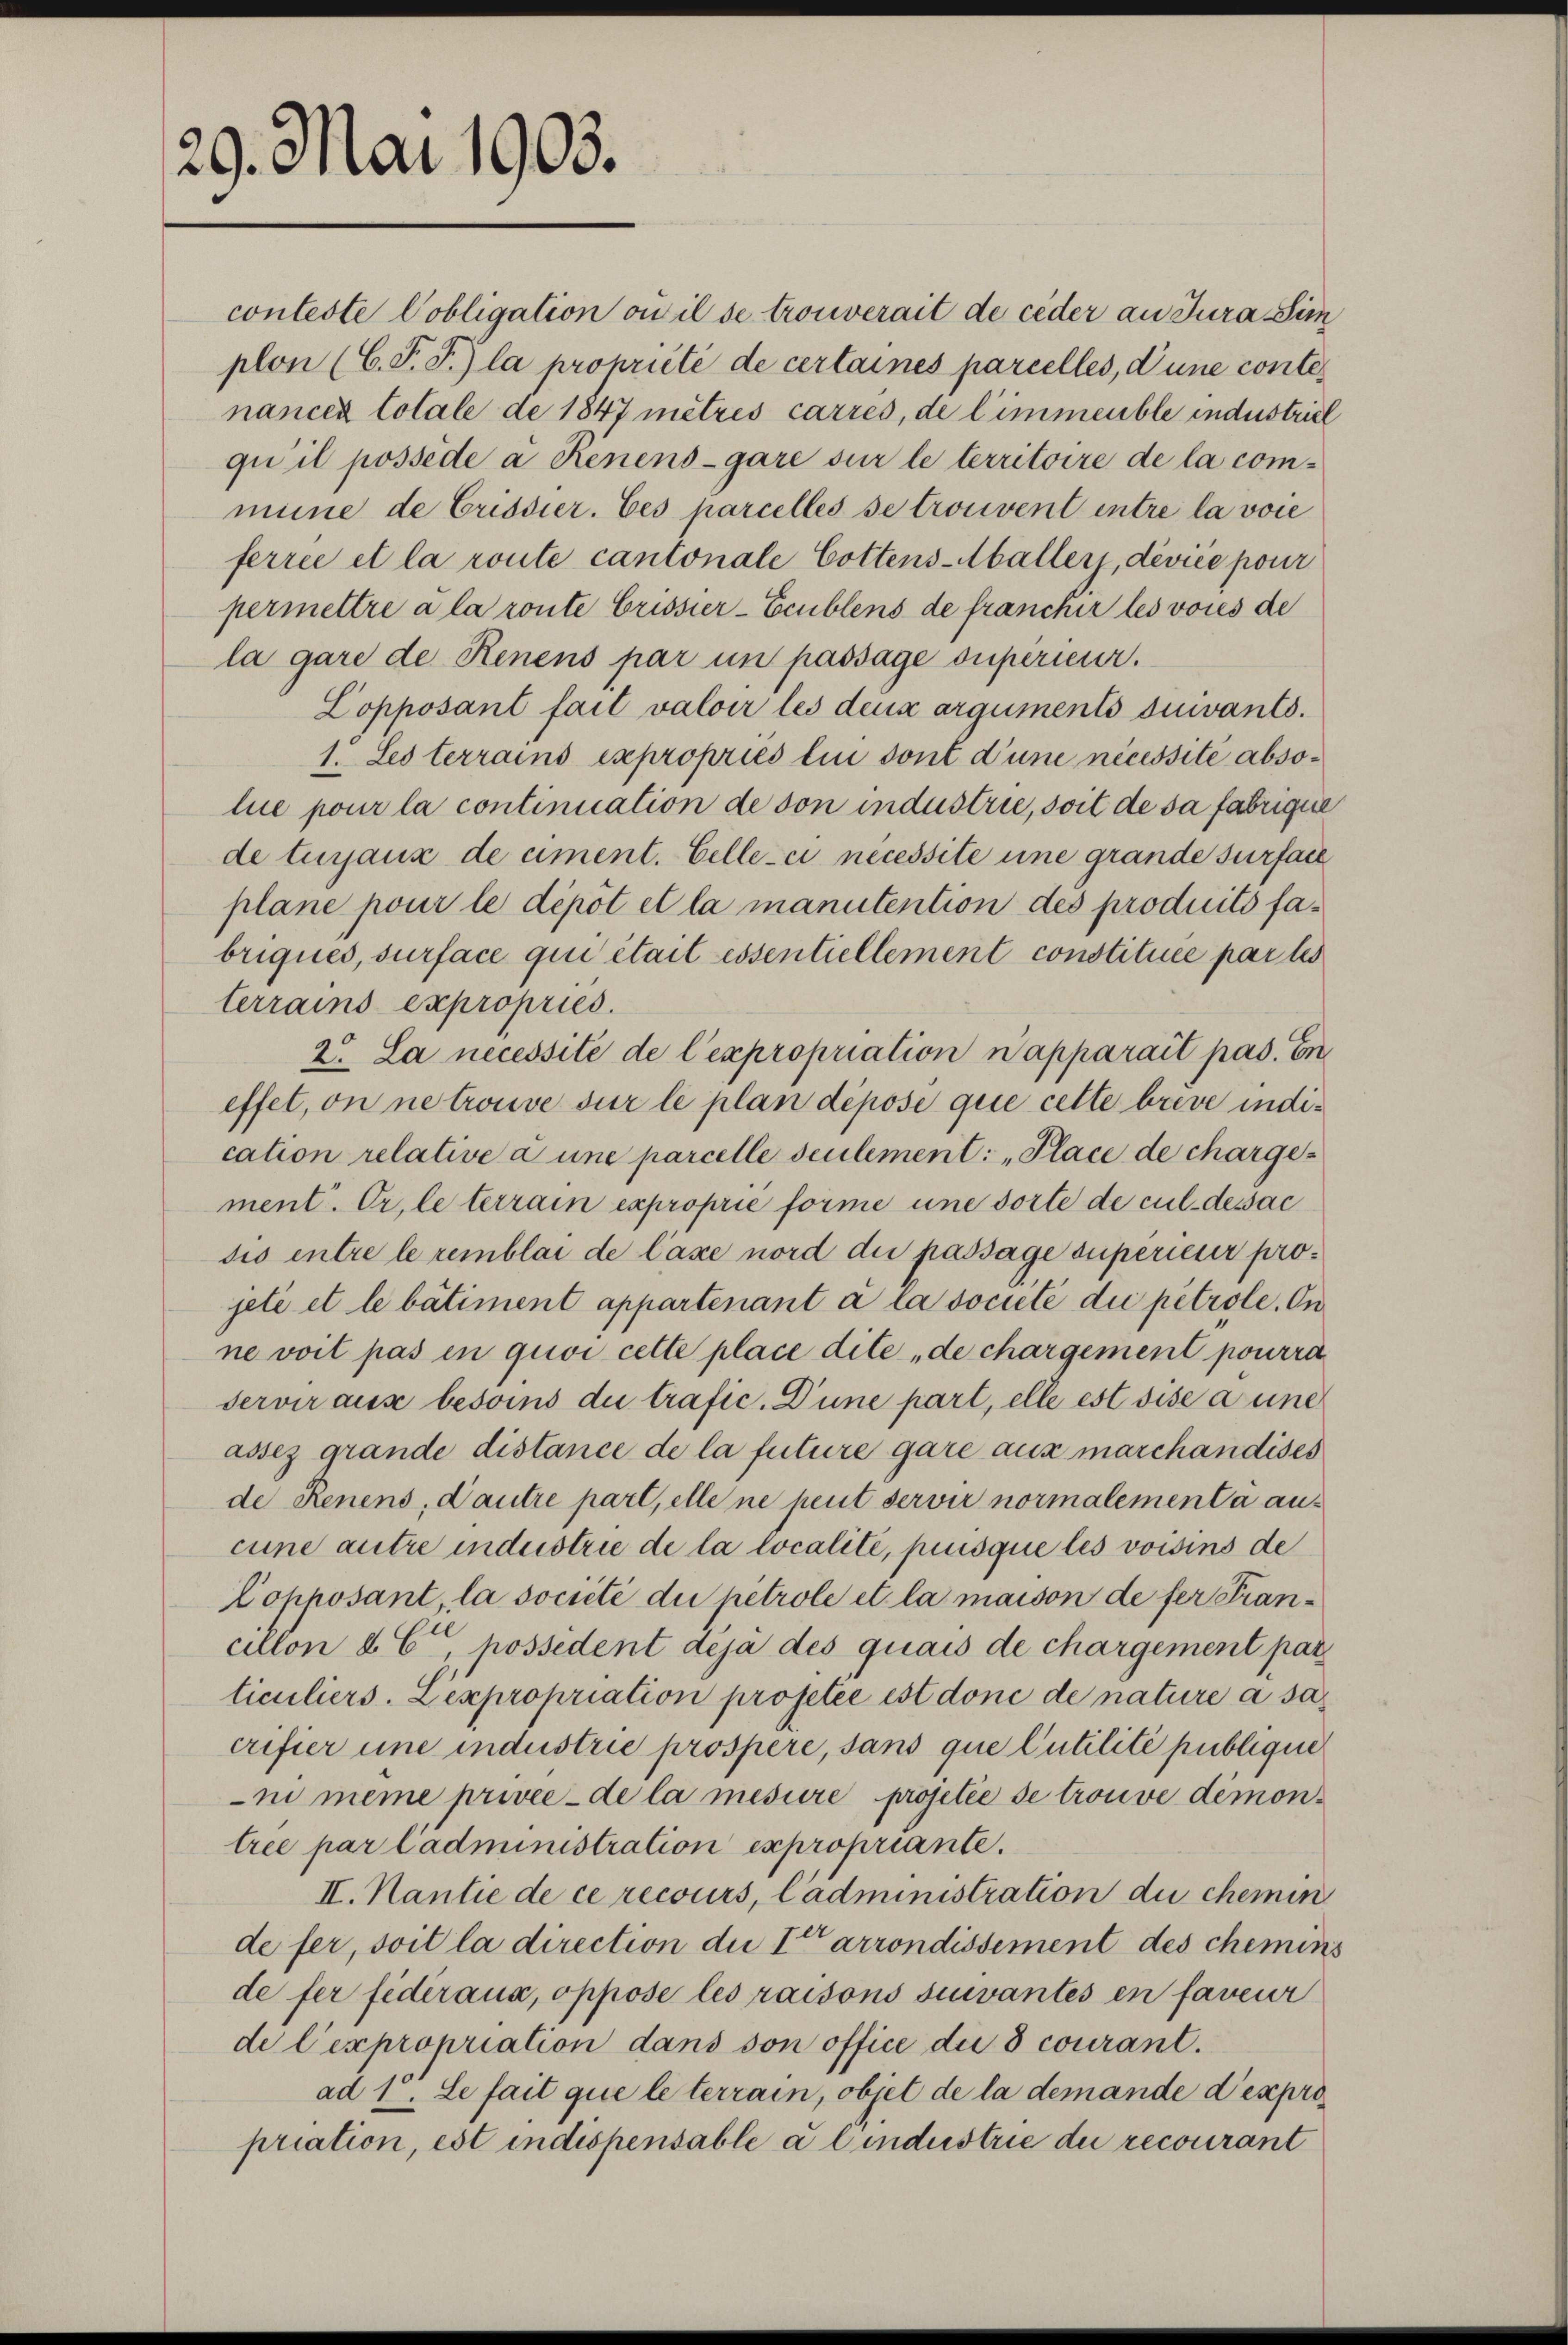
29. Mai 1903.

terrains expropries.
trée par Cadministration expropriante.
II. Nantie de ce recours, Cadministration du chemin
de fer, soit la direction die I arrondissement des chemins
de fer fédéraux, oppose les raisons suivantes en faveur
de l’expropriation dans son office die 3 courant.
ad 1. Le fait que le terrain, objet de la demande d’expro
priation, est indispensable a lindustrie du recourant

conteste Pobligation ou il se trouverait de ceder an Jura Sim
plon (C. J. J.) la propriété de certaines parcelles, d’une contenancen totale de 1847 mètres carres, de l’immeuble industriel
qu’il possédé a Renens-gare sur le territoire de la commine de Crisdier. Ces parcelles se trouvent entre la vore
ferrée et la route cantonale Cottens-Aballers, deviée pour
permettre a la route Crissier-Ecublens de francher les vores de
la gare de Renens par un passage superieur.
Lopposant fait valoir les deux arguments suivants.
1. Les terrains expropries lin sont d’une nécessité absolue pour la continuation de von industrie, soit de sa fabrique
de turjaux de ciment. Celle-ci necessite eine grande surfare
plane pour le dépôt et la manutention des produits fabriques, surface qui était essentiellement constituée par les
2. La necessite de l’expropriation n’apparait pas. En
effet, on ne trouve sur le plan dépose que cette breve indication relative à une parcelle seulement: „Place de charge
ment. Er le terrain exproprié forme une sorte de cul desac
sis entre le remblai de Caxe nord die passage superieur projeté et le bâtiment appartenant à la societé die petrole. On
ne voit pas in quoi cette place dite de chargement pourra
servir aus besoins die trafic. Düne part, elle est sise a une
assez grande distance de la future gare aus marchandises
de Renens, d’autre part, elle ne peut servir normalementa aus
cune autre industrie de la localité, piusque les voisins de
Copposant, la société die pétrole et la maison de fer Fran-
cillon d. C, possedent déjà des quais de chargement pas
ticuliers. Lexpropriation projetée est doné de nature à sa
crifier une industrie prospere, sans que Cutilité publique
ni meine privée de la mesure projetée se trouve démon¬